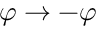
\varphi \rightarrow - \varphi